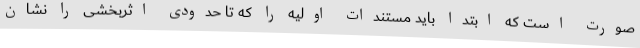
صورت است که ابتدا باید مستندات اولیه را که تا حدودی اثربخشی را نشان